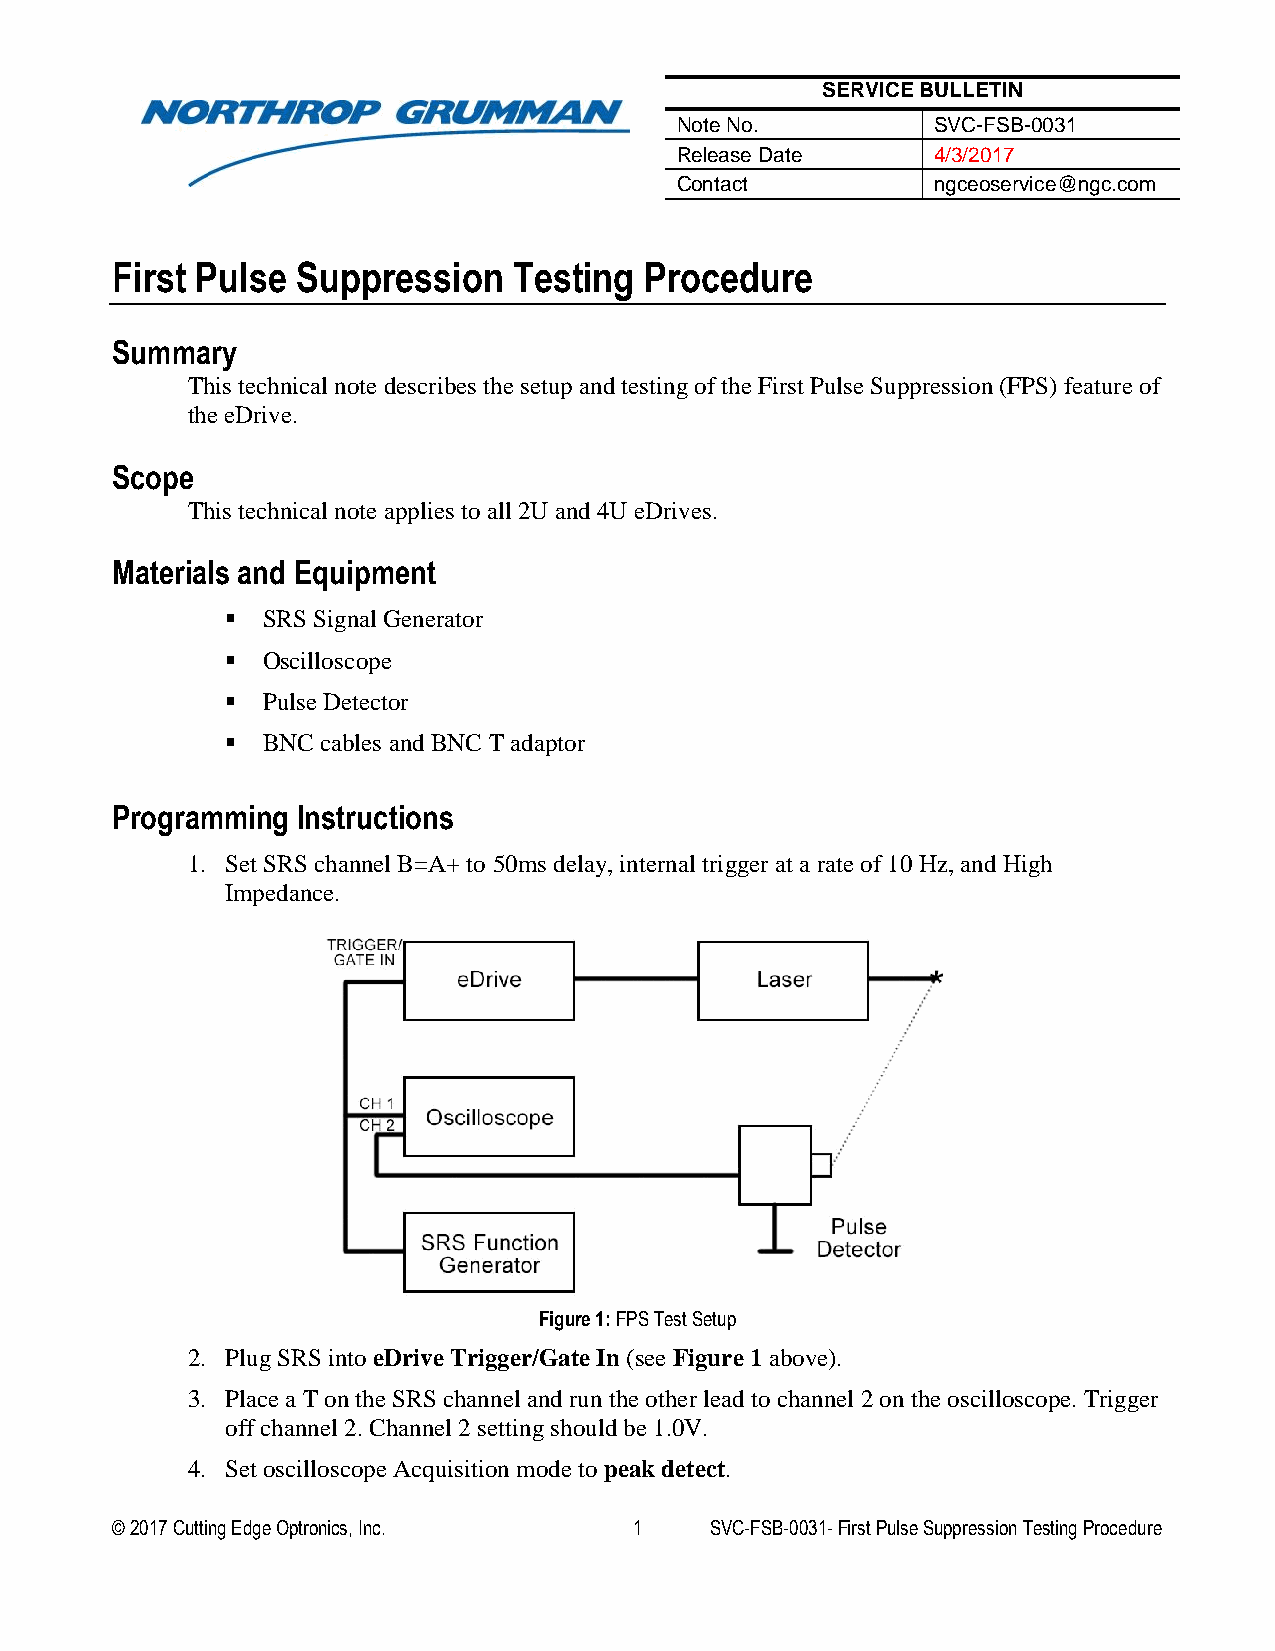
SERVICE BULLETIN
 Note No.         SVC-FSB-0031
 Release Date     4/3/2017
 Contact          ngceoservice@ngc.com
 First Pulse  Suppression   Testing  Procedure
 Summary
 This technical note describes the setup and testing of the First Pulse Suppression (FPS) feature of
 the eDrive.
 Scope
 This technical note applies to all 2U and 4U eDrives.
 Materials and Equipment
  SRS Signal Generator
  Oscilloscope
  Pulse Detector
  BNC cables and BNC T adaptor
 Programming  Instructions
 1. Set SRS channel B=A+ to 50ms delay, internal trigger at a rate of 10 Hz, and High
 Impedance.
 Figure 1: FPS Test Setup
 2. Plug SRS into eDrive Trigger/Gate In (see Figure 1 above).
 3. Place a T on the SRS channel and run the other lead to channel 2 on the oscilloscope. Trigger
 off channel 2. Channel 2 setting should be 1.0V.
 4. Set oscilloscope Acquisition mode to peak detect.
 © 2017 Cutting Edge Optronics, Inc. 1   SVC-FSB-0031- First Pulse Suppression Testing Procedure